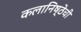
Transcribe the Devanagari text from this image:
कलानिष्ठेची